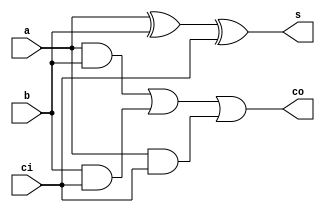
`timescale 1ns / 1ps
//////////////////////////////////////////////////////////////////////////////////
// Company: 
// Engineer: 
// 
// Design Name: 
// Module Name: full_adder
// Project Name: 
// Target Devices: 
// Tool Versions: 
// Description: 
// 
// Dependencies: 
// 
// Revision:
// Revision 0.01 - File Created
// Additional Comments:
// 
//////////////////////////////////////////////////////////////////////////////////


module full_adder(
input a,
input b,
input ci,
output s,
output co
    );
    
    assign co = (a & b) | (b & ci) | (a & ci);
    assign s = a ^ b ^ ci;
    
endmodule